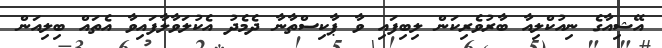
އޭޝިއާގެ ނިއުކްލިއާ ބާރުވެރިކަން ލިބިފައި ވާ ޕާކިސްތާނާ ދެމެދު އެކުލަވާލާފައިވާ އެތައް ބިލިއަން